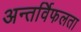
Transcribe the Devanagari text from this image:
अन्तर्विफलता